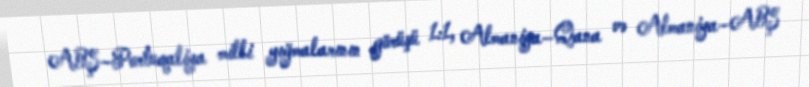
ABŞ–Portuqaliya milli yığmalarının görüşü 1:1, Almaniya–Qana və Almaniya–ABŞ